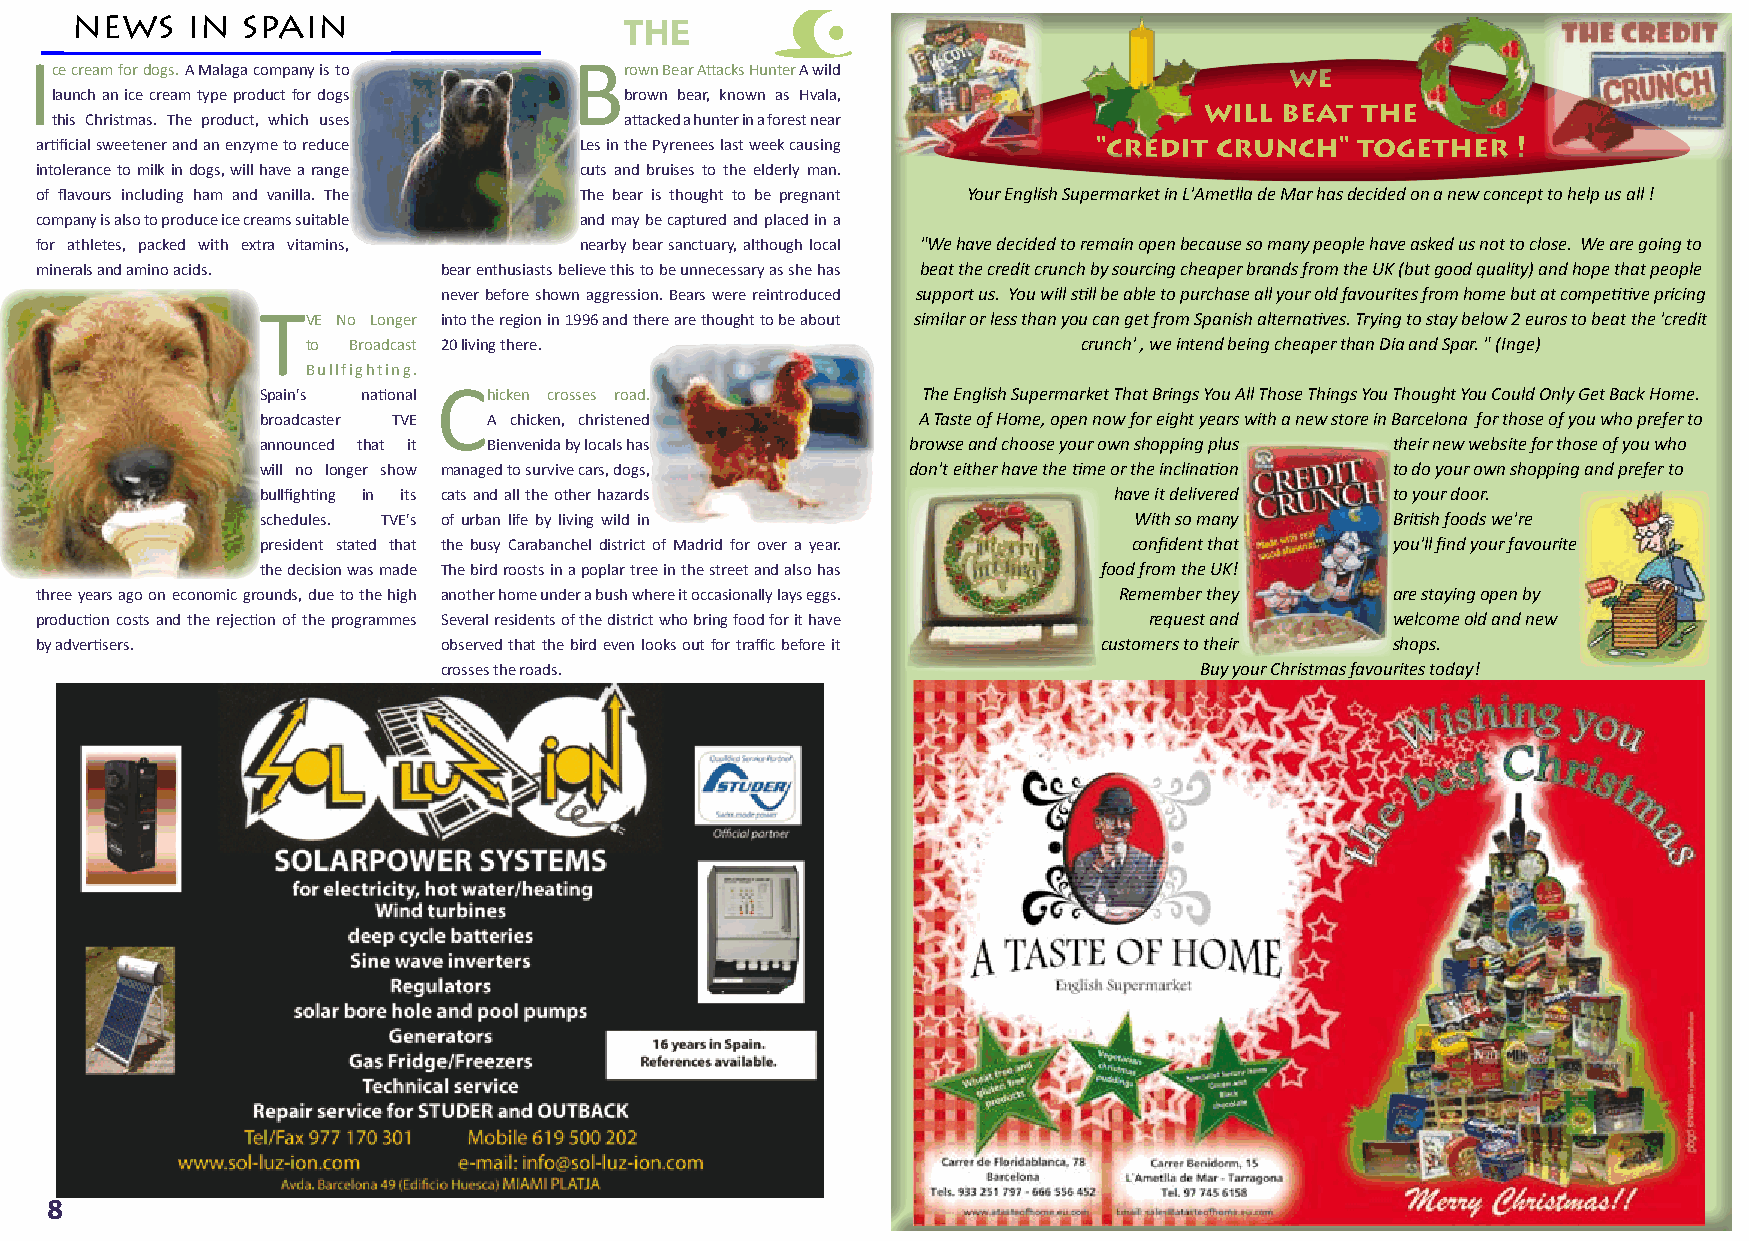
news   in  spain
 THE
 I                                   B
 ce cream for dogs. A Malaga company is to rown Bear Attacks Hunter A wild         we
 launch an ice cream type product for dogs brown bear, known as Hvala,
 will beat the
 this Christmas. The product, which uses attacked a hunter in a forest near
 artificial sweetener and an enzyme to reduce Les in the Pyrenees last week causing "credit crunch" together !
 intolerance to milk in dogs, will have a range cuts and bruises to the elderly man.
 of flavours including ham and vanilla. The The bear is thought to be pregnant Your English Supermarket in L'Ametlla de Mar has decided on a new concept to help us all !
 company is also to produce ice creams suitable and may be captured and placed in a
 for athletes, packed with extra vitamins, nearby bear sanctuary, although local "We have decided to remain open because so many people have asked us not to close. We are going to
 minerals and amino acids.  bear enthusiasts believe this to be unnecessary as she has beat the credit crunch by sourcing cheaper brands from the UK (but good quality) and hope that people
 never before shown aggression. Bears were reintroduced support us. You will still be able to purchase all your old favourites from home but at competitive pricing
 T
 VE No Longer into the region in 1996 and there are thought to be about similar or less than you can get from Spanish alternatives. Trying to stay below 2 euros to beat the 'credit
 to Broadcast 20 living there.                       crunch' , we intend being cheaper than Dia and Spar. " (Inge)
 Bullfighting.
 C
 Spain's national hicken crosses road.       The English Supermarket That Brings You All Those Things You Thought You Could Only Get Back Home.
 broadcaster TVE A chicken, christened       A Taste of Home, open now for eight years with a new store in Barcelona for those of you who prefer to
 announced that it Bienvenida by locals has browse and choose your own shopping plus their new website for those of you who
 will no longer show managed to survive cars, dogs, don't either have the time or the inclination to do your own shopping and prefer to
 bullfighting in its cats and all the other hazards       have it delivered to your door.
 schedules. TVE's of urban life by living wild in          With so many     British foods we're
 president stated that the busy Carabanchel district of Madrid for over a year. confident that you'll find your favourite
 the decision was made The bird roosts in a poplar tree in the street and also has food from the UK!
 three years ago on economic grounds, due to the high another home under a bush where it occasionally lays eggs. Remember they are staying open by
 production costs and the rejection of the programmes Several residents of the district who bring food for it have request and welcome old and new
 by advertisers.            observed that the bird even looks out for traffic before it customers to their shops.
 crosses the roads.                                Buy your Christmas favourites today!
 8